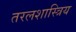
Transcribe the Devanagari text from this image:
तरलशास्त्रिय